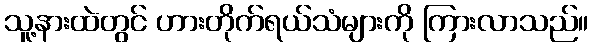
သူ့နားထဲတွင် ဟားတိုက်ရယ်သံများကို ကြားလာသည်။